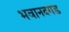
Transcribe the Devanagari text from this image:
भवानदगड